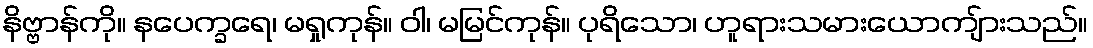
နိဗ္ဗာန်ကို။ နပေက္ခရေ၊ မရှုကုန်။ ဝါ၊ မမြင်ကုန်။ ပုရိသော၊ ဟူရားသမားယောကျ်ားသည်။